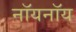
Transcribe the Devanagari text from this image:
नॉयनॉय